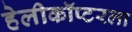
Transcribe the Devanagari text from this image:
हेलीकॉप्टरला